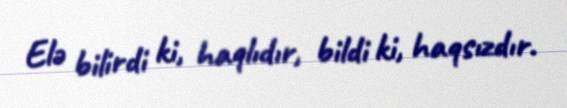
Elə bilirdi ki, haqlıdır, bildi ki, haqsızdır.